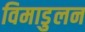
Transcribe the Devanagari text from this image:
विमाडुलन